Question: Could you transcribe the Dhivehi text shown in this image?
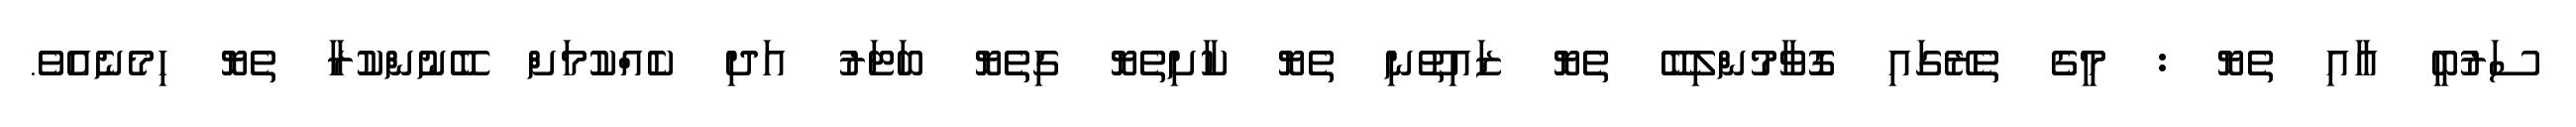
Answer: ސަރުބީ އާއި ތެޔޮ : މީގެ ތެރޭގައި ގޮވާމުންލިބޭ ތެޔޮ ޒައިތޫނި ތެޔޮ ކާށިތެޔޮ ގިތެޔޮ ބަޓަރު އަދި ކެއްކުމަށް ބޭނުންކުރާ ތެޔޮ ހިމެނެއެވެ.